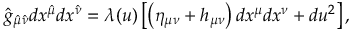
\hat { g } _ { \hat { \mu } \hat { \nu } } d x ^ { \hat { \mu } } d x ^ { \hat { \nu } } = \lambda ( u ) \left[ \left( \eta _ { \mu \nu } + h _ { \mu \nu } \right) d x ^ { \mu } d x ^ { \nu } + d u ^ { 2 } \right] ,